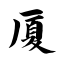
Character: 厦